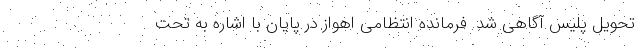
تحویل پلیس آگاهی شد. فرمانده انتظامی اهواز در پایان با اشاره به تحت